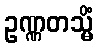
ဥဏ္ဏတသ္မိံ